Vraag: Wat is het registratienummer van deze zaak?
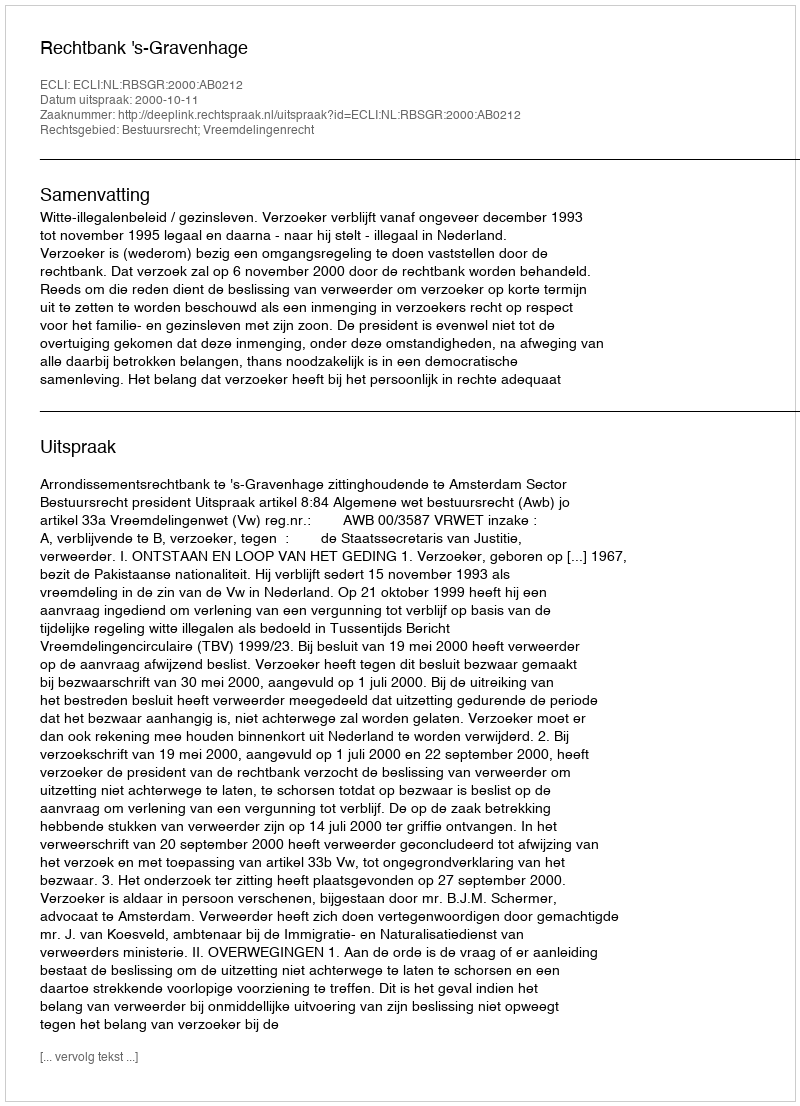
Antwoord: http://deeplink.rechtspraak.nl/uitspraak?id=ECLI:NL:RBSGR:2000:AB0212